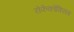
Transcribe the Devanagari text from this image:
रोफेकोक्सिब